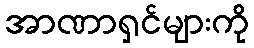
အာဏာရှင်များကို